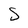
Character: S